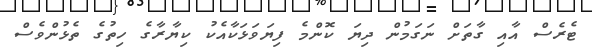
ޓެރެސް އާއި ގާތަށް ނަގަމުން ދިޔަ ކޮންމެ ފިޔަވަޅަކާއެކު ކިޔާރާގެ ހިތުގެ ތެޅުންވެސް